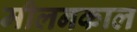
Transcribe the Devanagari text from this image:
मीलनकाल